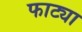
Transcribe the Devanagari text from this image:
फाट्या